Calcutta medical institutions reports 1892-1900
Year: 1892
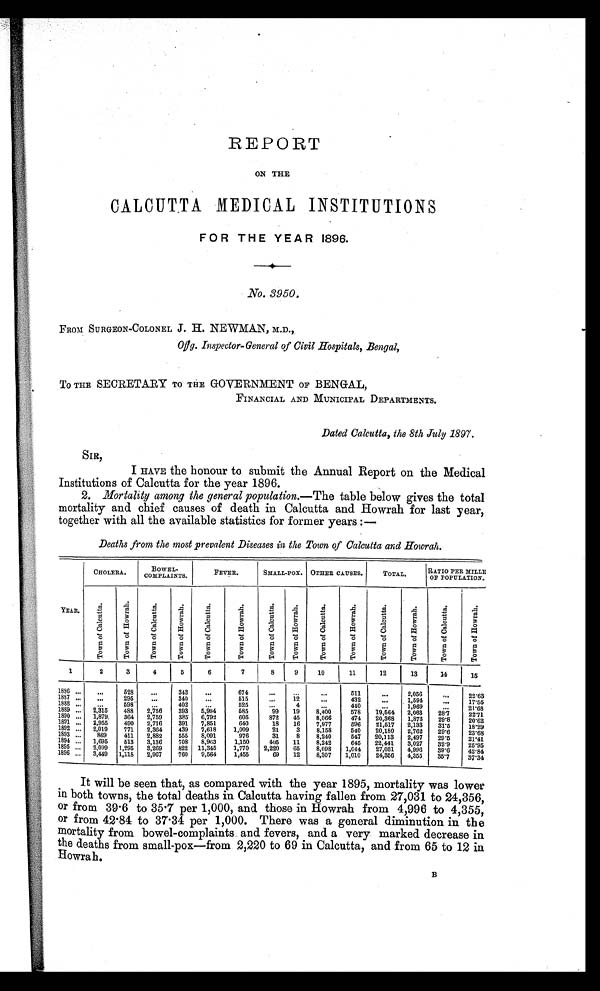
REPORT
ON THE
CALCUTTA MEDICAL INSTITUTIONS
FOR THE YEAR 1896.
No. 3950.
FROM SURGEON-COLONEL J. H. NEWMAN, M.D.,
Offg. Inspector-General of Civil Hospitals, Bengal,
To THE SECRETARY TO THE GOVERNMENT OF BENGAL,
FINANCIAL AND MUNICIPAL DEPARTMENTS.
Dated Calcutta, the 8th July 1897.
SIR,
I HAVE the honour to submit the Annual Report on the Medical
Institutions of Calcutta for the year 1896.
2. Mortality among the general population. -The table below gives the total
mortality and chief causes of death in Calcutta and Howrah for last year,
together with all the available statistics for former years :-
Deaths from the most prevalent Diseases in the Town of Calcutta and Howrah.
CHOLERA.
BOWEL
-COMPLAINTS.
FEVER.
SMALL-POX. OTHER CAUSES.
TOTAL.
RATIO PER MILLE
OF POPULATION.
YEAR.
T o w n o f C a l c u t t a .
T o w n o f H o w r a h .
T o w n o f C a l c u t t a .
T o w n o f H o w r a h .
T o w n o f C a l c u t t a .
T o w n o f H o w r a h . T o w n o f C a l c u t t a .
T o w n o f H o w r a h .
T o w n o f C a l c u t t a .
T o w n o f H o w r a h .
T o w n o f C a l c u t t a . T o w n o f H o w r a h .
T o w n o f C a l c u t t a .
T o w n o f H o w r a h .
1
2
3
4
5
6
7
8
9
10
11
12
13
14
15
1886
528
343
674
511
2,056
22.63
1887
295
340
5 1 5
12
432
1,594
17.55
1888
598
402
525
4
440
1,969
21.68
1889
2,315
488 2,756
393 5,994
5 8 5 99
19
8,400
578
19,564 2,063
28. 7
2 2 . 7 1
1890
1,879
364 2,759
385 6,792
605
872
45
8,066
474
20,368 1,873
29. 8
20.62
1891
2,955
490 2,716
391 7,851
640
18
16
7,977
596
21,517 2,133
31. 5
18.29
1892
2,019
771 2,364
439 7,618
1,009
21
3
8,158
540
20,180
2,762
29. 6
23.68
1893
869
411 2,882
555 8,091
976
31
8
8,240
5 4 7 20,113
2,497
29.5
21.41
1894
1,695
513 3,136
708 8,963
1,150
405
11
8,242
645
22,441
3,027
32. 9
25.95
1895
2,099 1,295 3,269
822 11,345
1,770
2,220
65
8,098
1,044
27,031 4,996
39.6
42.84
1896
3,449 1,118 2,967
760 9,564
1,455
69
12
8,307
1,010
24,356 4,355
35.7
37.34
It will be seen that, as compared with the year 1895, mortality was lower
in both towns, the total deaths in Calcutta having fallen from 27,031 to 24,356,
or from 39.6 to 35.7 per 1,000, and those in Howrah from 4,996 to 4,355,
or from 42.84 to 37.34 per 1,000. There was a general diminution in the
mortality from bowel-complaints and fevers, and a very marked decrease in
the deaths from small-pox—from 2,220 to 69 in Calcutta, and from 65 to 12 in
Howrah.
B